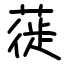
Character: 蓰